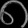
Digit: ၈